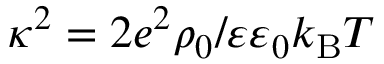
\kappa ^ { 2 } = 2 e ^ { 2 } \rho _ { 0 } / \varepsilon \varepsilon _ { 0 } k _ { \mathrm { B } } T